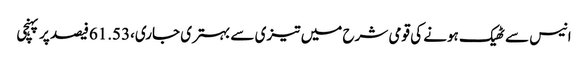
انیس سے ٹھیک ہونے کی قومی شرح میں تیزی سے بہتری جاری،61.53فیصد پر پہنچی